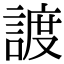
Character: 𧩧